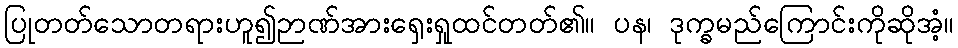
ပြုတတ်သောတရားဟူ၍ဉာဏ်အားရှေးရှုထင်တတ်၏။ ပန၊ ဒုက္ခမည်ကြောင်းကိုဆိုအံ့။